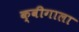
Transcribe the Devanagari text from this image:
क्वीगाला